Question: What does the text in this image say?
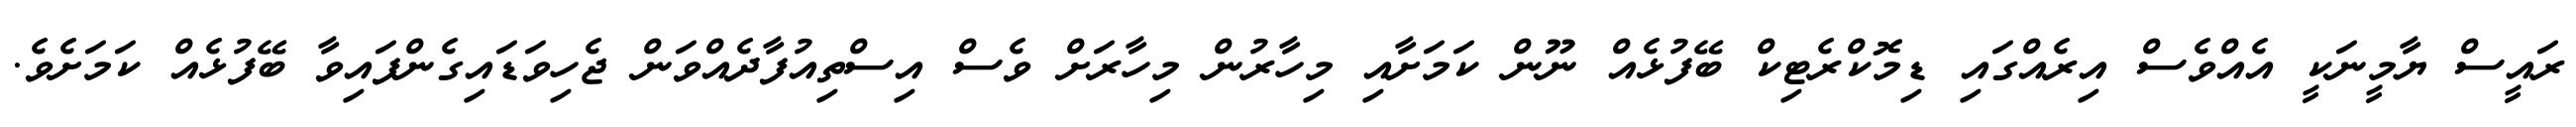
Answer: ރައީސް ޔާމީނަކީ އެއްވެސް އިރެއްގައި ޑިމޮކްރެޓިކް ބޭފުޅެއް ނޫން ކަމަށާއި މިހާރުން މިހާރަށް ވެސް އިސްތިއުފާދެއްވަން ޖެހިވަޑައިގެންފައިވާ ބޭފުޅެއް ކަމަށެވެ.